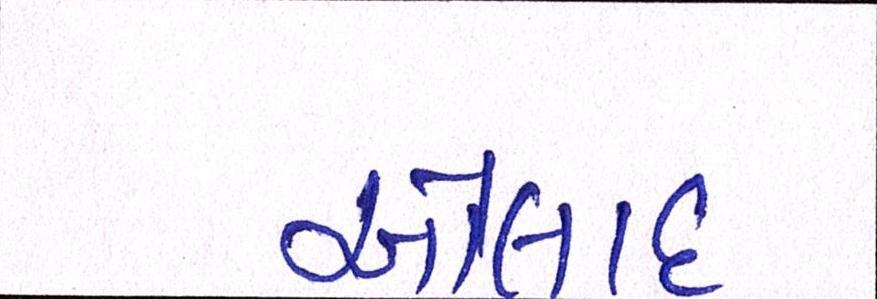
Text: ઓલાદ